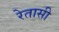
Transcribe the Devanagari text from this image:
रेतासी